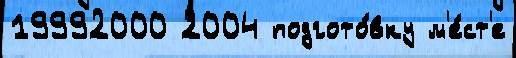
19992000 2004 подгото́вку м'е́ст'е